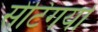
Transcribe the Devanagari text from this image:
सेंटिगयो